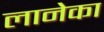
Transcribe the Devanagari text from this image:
लानेका